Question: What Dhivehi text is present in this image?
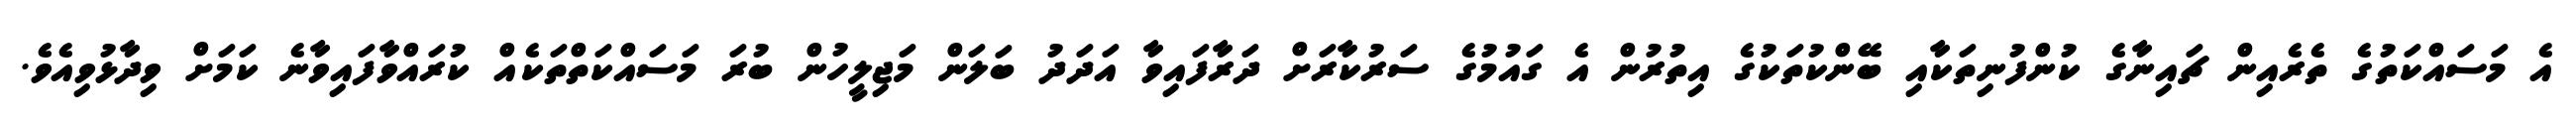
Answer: އެ މަސައްކަތުގެ ތެރެއިން ޗައިނާގެ ކުންފުނިތަކާއި ބޭންކުތަކުގެ އިތުރުން އެ ގައުމުގެ ސަރުކާރަށް ދަރާފައިވާ އަދަދު ބަލަން މަޖިލީހުން ބުރަ މަސައްކަތްތަކެއް ކުރައްވާފައިވާނެ ކަމަށް ވިދާޅުވިއެވެ.